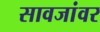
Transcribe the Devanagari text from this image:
सावजांवर